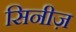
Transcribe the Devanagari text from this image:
सिनीज़